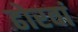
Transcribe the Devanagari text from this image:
ढोरवां